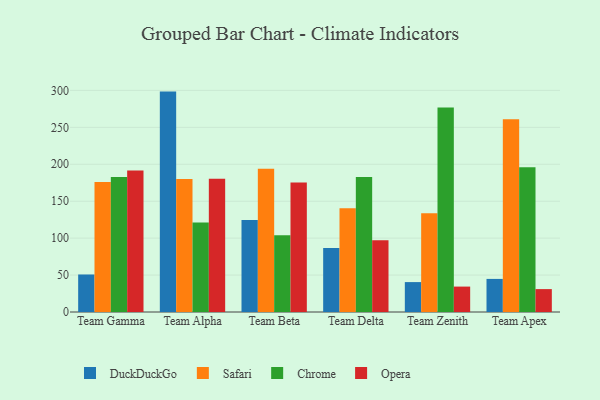
{"axis": {"x": "Team", "y": "Inventory Turnover"}, "legend": ["Chrome", "DuckDuckGo", "Opera", "Safari"], "data": [{"x": "Team Gamma", "y": 50.8, "type": "DuckDuckGo"}, {"x": "Team Gamma", "y": 175.9, "type": "Safari"}, {"x": "Team Gamma", "y": 182.7, "type": "Chrome"}, {"x": "Team Gamma", "y": 191.7, "type": "Opera"}, {"x": "Team Alpha", "y": 298.4, "type": "DuckDuckGo"}, {"x": "Team Alpha", "y": 180.0, "type": "Safari"}, {"x": "Team Alpha", "y": 121.2, "type": "Chrome"}, {"x": "Team Alpha", "y": 180.4, "type": "Opera"}, {"x": "Team Beta", "y": 124.4, "type": "DuckDuckGo"}, {"x": "Team Beta", "y": 194.1, "type": "Safari"}, {"x": "Team Beta", "y": 103.8, "type": "Chrome"}, {"x": "Team Beta", "y": 175.4, "type": "Opera"}, {"x": "Team Delta", "y": 86.7, "type": "DuckDuckGo"}, {"x": "Team Delta", "y": 140.4, "type": "Safari"}, {"x": "Team Delta", "y": 182.7, "type": "Chrome"}, {"x": "Team Delta", "y": 97.3, "type": "Opera"}, {"x": "Team Zenith", "y": 40.5, "type": "DuckDuckGo"}, {"x": "Team Zenith", "y": 133.6, "type": "Safari"}, {"x": "Team Zenith", "y": 276.9, "type": "Chrome"}, {"x": "Team Zenith", "y": 34.4, "type": "Opera"}, {"x": "Team Apex", "y": 44.8, "type": "DuckDuckGo"}, {"x": "Team Apex", "y": 260.8, "type": "Safari"}, {"x": "Team Apex", "y": 196.0, "type": "Chrome"}, {"x": "Team Apex", "y": 31.0, "type": "Opera"}]}